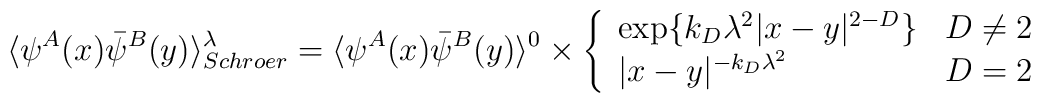
\langle \psi^A(x)\bar\psi^B(y)\rangle_{Schroer}^\lambda=\langle \psi^A(x)\bar\psi^B(y)\rangle^0\times\left\{\begin{array}{ll}\exp\{k_D \lambda^2 |x-y|^{2-D}\}  & D\neq 2 \\|x-y|^{-k_D \lambda^2} & D=2\end{array}\right.